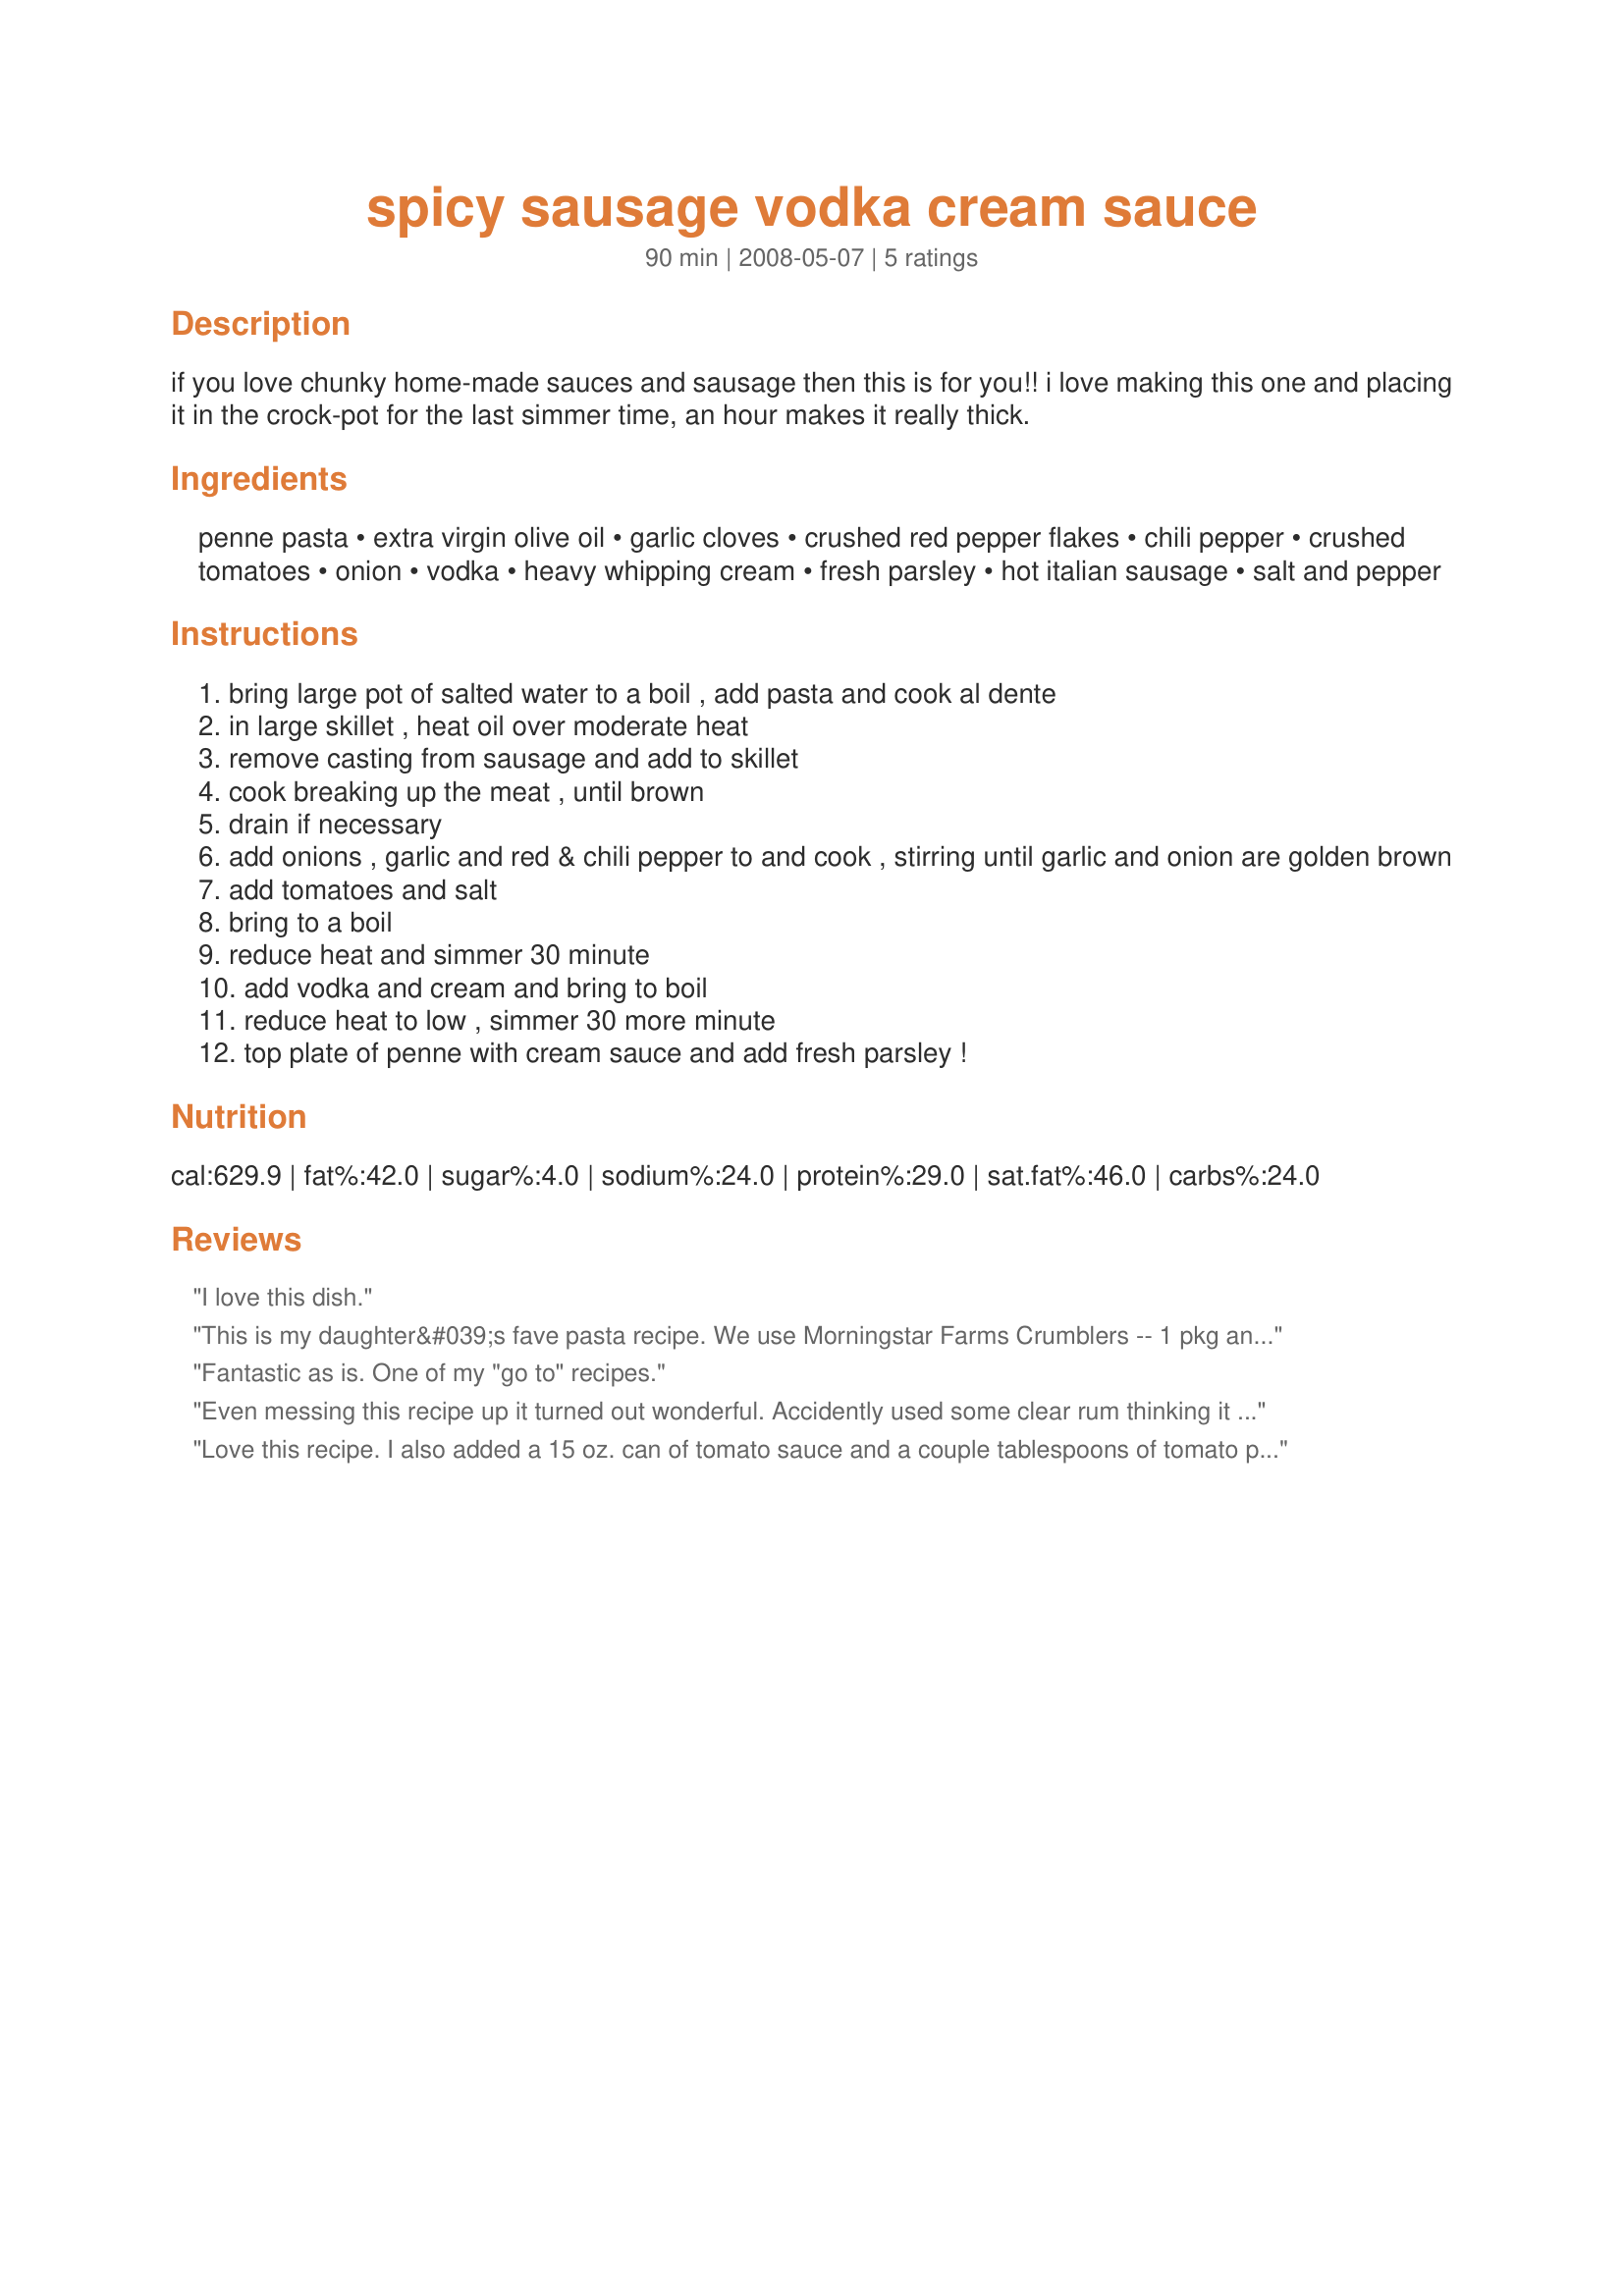
spicy sausage vodka cream sauce
Preparation time: 90 minutes

if you love chunky home-made sauces and sausage then this is for you!!

i love making this one and placing it in the crock-pot for the last simmer time, an hour makes it really thick.

Ingredients:
penne pasta, extra virgin olive oil, garlic cloves, crushed red pepper flakes, chili pepper, crushed tomatoes, onion, vodka, heavy whipping cream, fresh parsley, hot italian sausage, salt and pepper

Steps:
bring large pot of salted water to a boil , add pasta and cook al dente
in large skillet , heat oil over moderate heat
remove casting from sausage and add to skillet
cook breaking up the meat , until brown
drain if necessary
add onions , garlic and red & chili pepper to and cook , stirring until garlic and onion are golden brown
add tomatoes and salt
bring to a boil
reduce heat and simmer 30 minute
add vodka and cream and bring to boil
reduce heat to low , simmer 30 more minute
top plate of penne with cream sauce and add fresh parsley !

Reviews:
I love this dish.
This is my daughter&#039;s fave pasta recipe. We use Morningstar Farms Crumblers -- 1 pkg and add a few spices instead of using sausage since we can&#039;t mix milk and meat (kosher.) It turns out great every time -- and I&#039;ve made this several times. It&#039;s so easy and worth the effort (little that there is.) Thanks for sharing!!!
Fantastic as is. One of my "go to" recipes.
Even messing this recipe up it turned out wonderful. Accidently used some clear rum thinking it was vodka! Tried it again with vodka - really nice. Had a great little tang to it, spices nicely balanced. Thanks for sharing will make again.
Love this recipe. I also added a 15 oz. can of tomato sauce and a couple tablespoons of tomato paste....just to make it a bit thicker. Great flavor!
